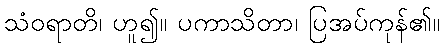
သံဝရာတိ၊ ဟူ၍။ ပကာသိတာ၊ ပြအပ်ကုန်၏။